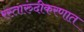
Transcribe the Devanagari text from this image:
रस्तारुंदीकरणात